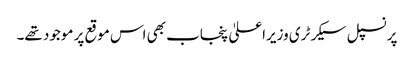
پرنسپل سیکرٹری وزیراعلیٰ پنجاب بھی اس موقع پر موجود تھے۔